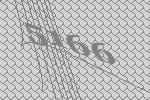
5166